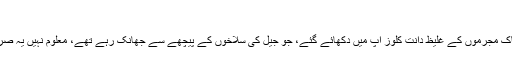
‘‘
اگلے ہی دن انہیں یہ اشتہار نظر آگیا ’ پرل ٹوتھ برائٹ‘ کے اشتہار میں پہلے چند خوفناک مجرموں کے غلیظ دانت کلوز اپ میں دکھائے گئے، جو جیل کی سلاخوں کے پیچھے سے جھانک رہے تھے، معلوم نہیں یہ صرف اس لیے جیل بھیج دیے گئے کہ ان کے دانت پیلے تھے یا کوئی اور وجہ بھی تھی۔